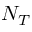
N _ { T }